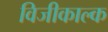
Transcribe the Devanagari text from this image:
विजीकाल्क